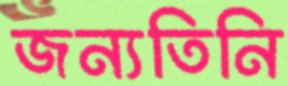
জন্যতিনি